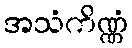
အသံကိဏ္ဏံ